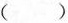
()